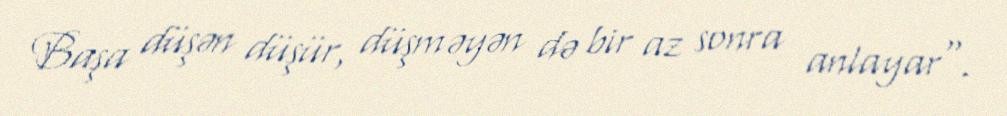
Başa düşən düşür, düşməyən də bir az sonra anlayar".